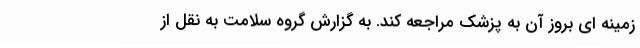
زمینه ای بروز آن به پزشک مراجعه کند. به گزارش گروه سلامت به نقل از